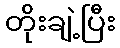
တိုးချဲ့ပြီး